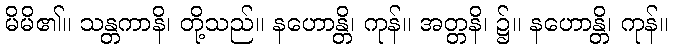
မိမိ၏။ သန္တကာနိ၊ တို့သည်။ နဟောန္တိ၊ ကုန်။ အတ္တနိ၊ ၌။ နဟောန္တိ၊ ကုန်။